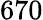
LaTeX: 670